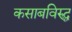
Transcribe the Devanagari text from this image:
कसाबविरुद्ध